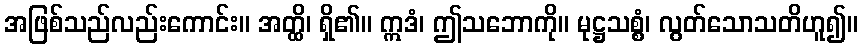
အဖြစ်သည်လည်းကောင်း။ အတ္ထိ၊ ရှိ၏။ ဣဒံ၊ ဤသဘောကို။ မုဋ္ဌသစ္စံ၊ လွတ်သောသတိဟူ၍။